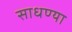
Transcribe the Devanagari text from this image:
साधण्या